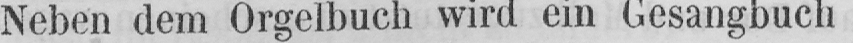
Neben dem Orgelbuch wird ein Gesangbuch